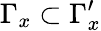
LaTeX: \Gamma_{x}\subset\Gamma_{x}^{\prime}